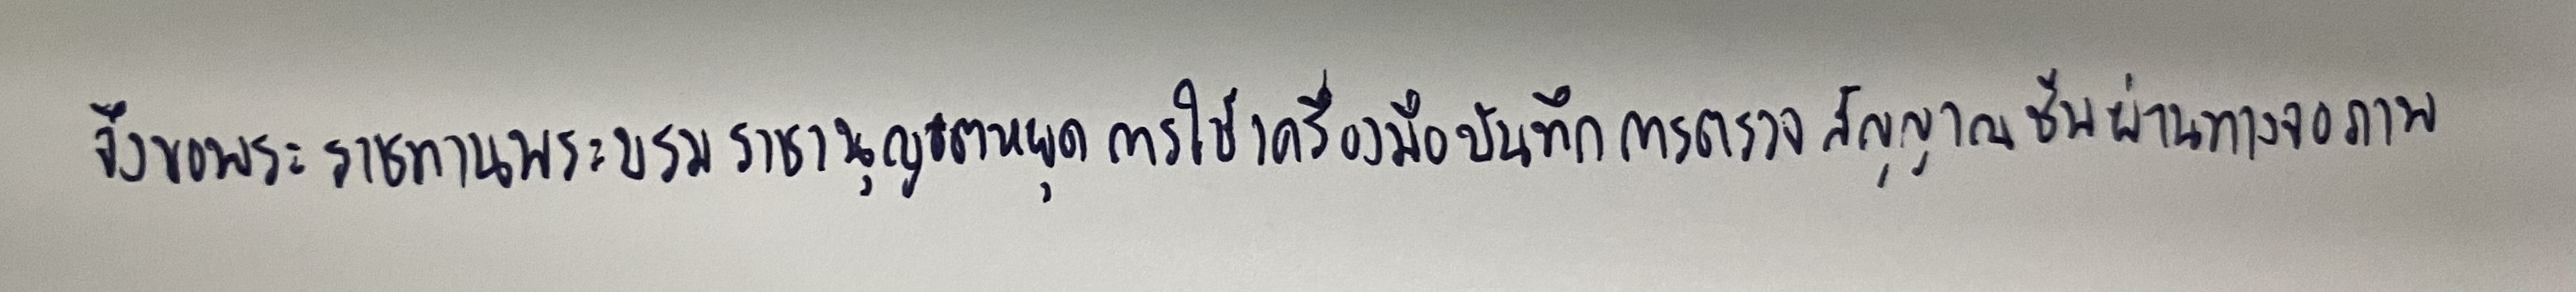
จึงขอพระราชทานพระบรมราชานุญาตหยุดการใช้เครื่องมือบันทึกการตรวจสัญญาณชีพผ่านทางจอภาพ